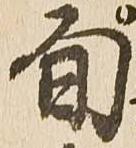
旬